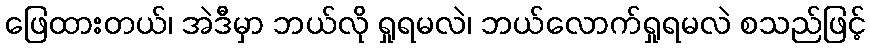
ဖြေထားတယ်၊ အဲဒီမှာ ဘယ်လို ရှုရမလဲ၊ ဘယ်လောက်ရှုရမလဲ စသည်ဖြင့်